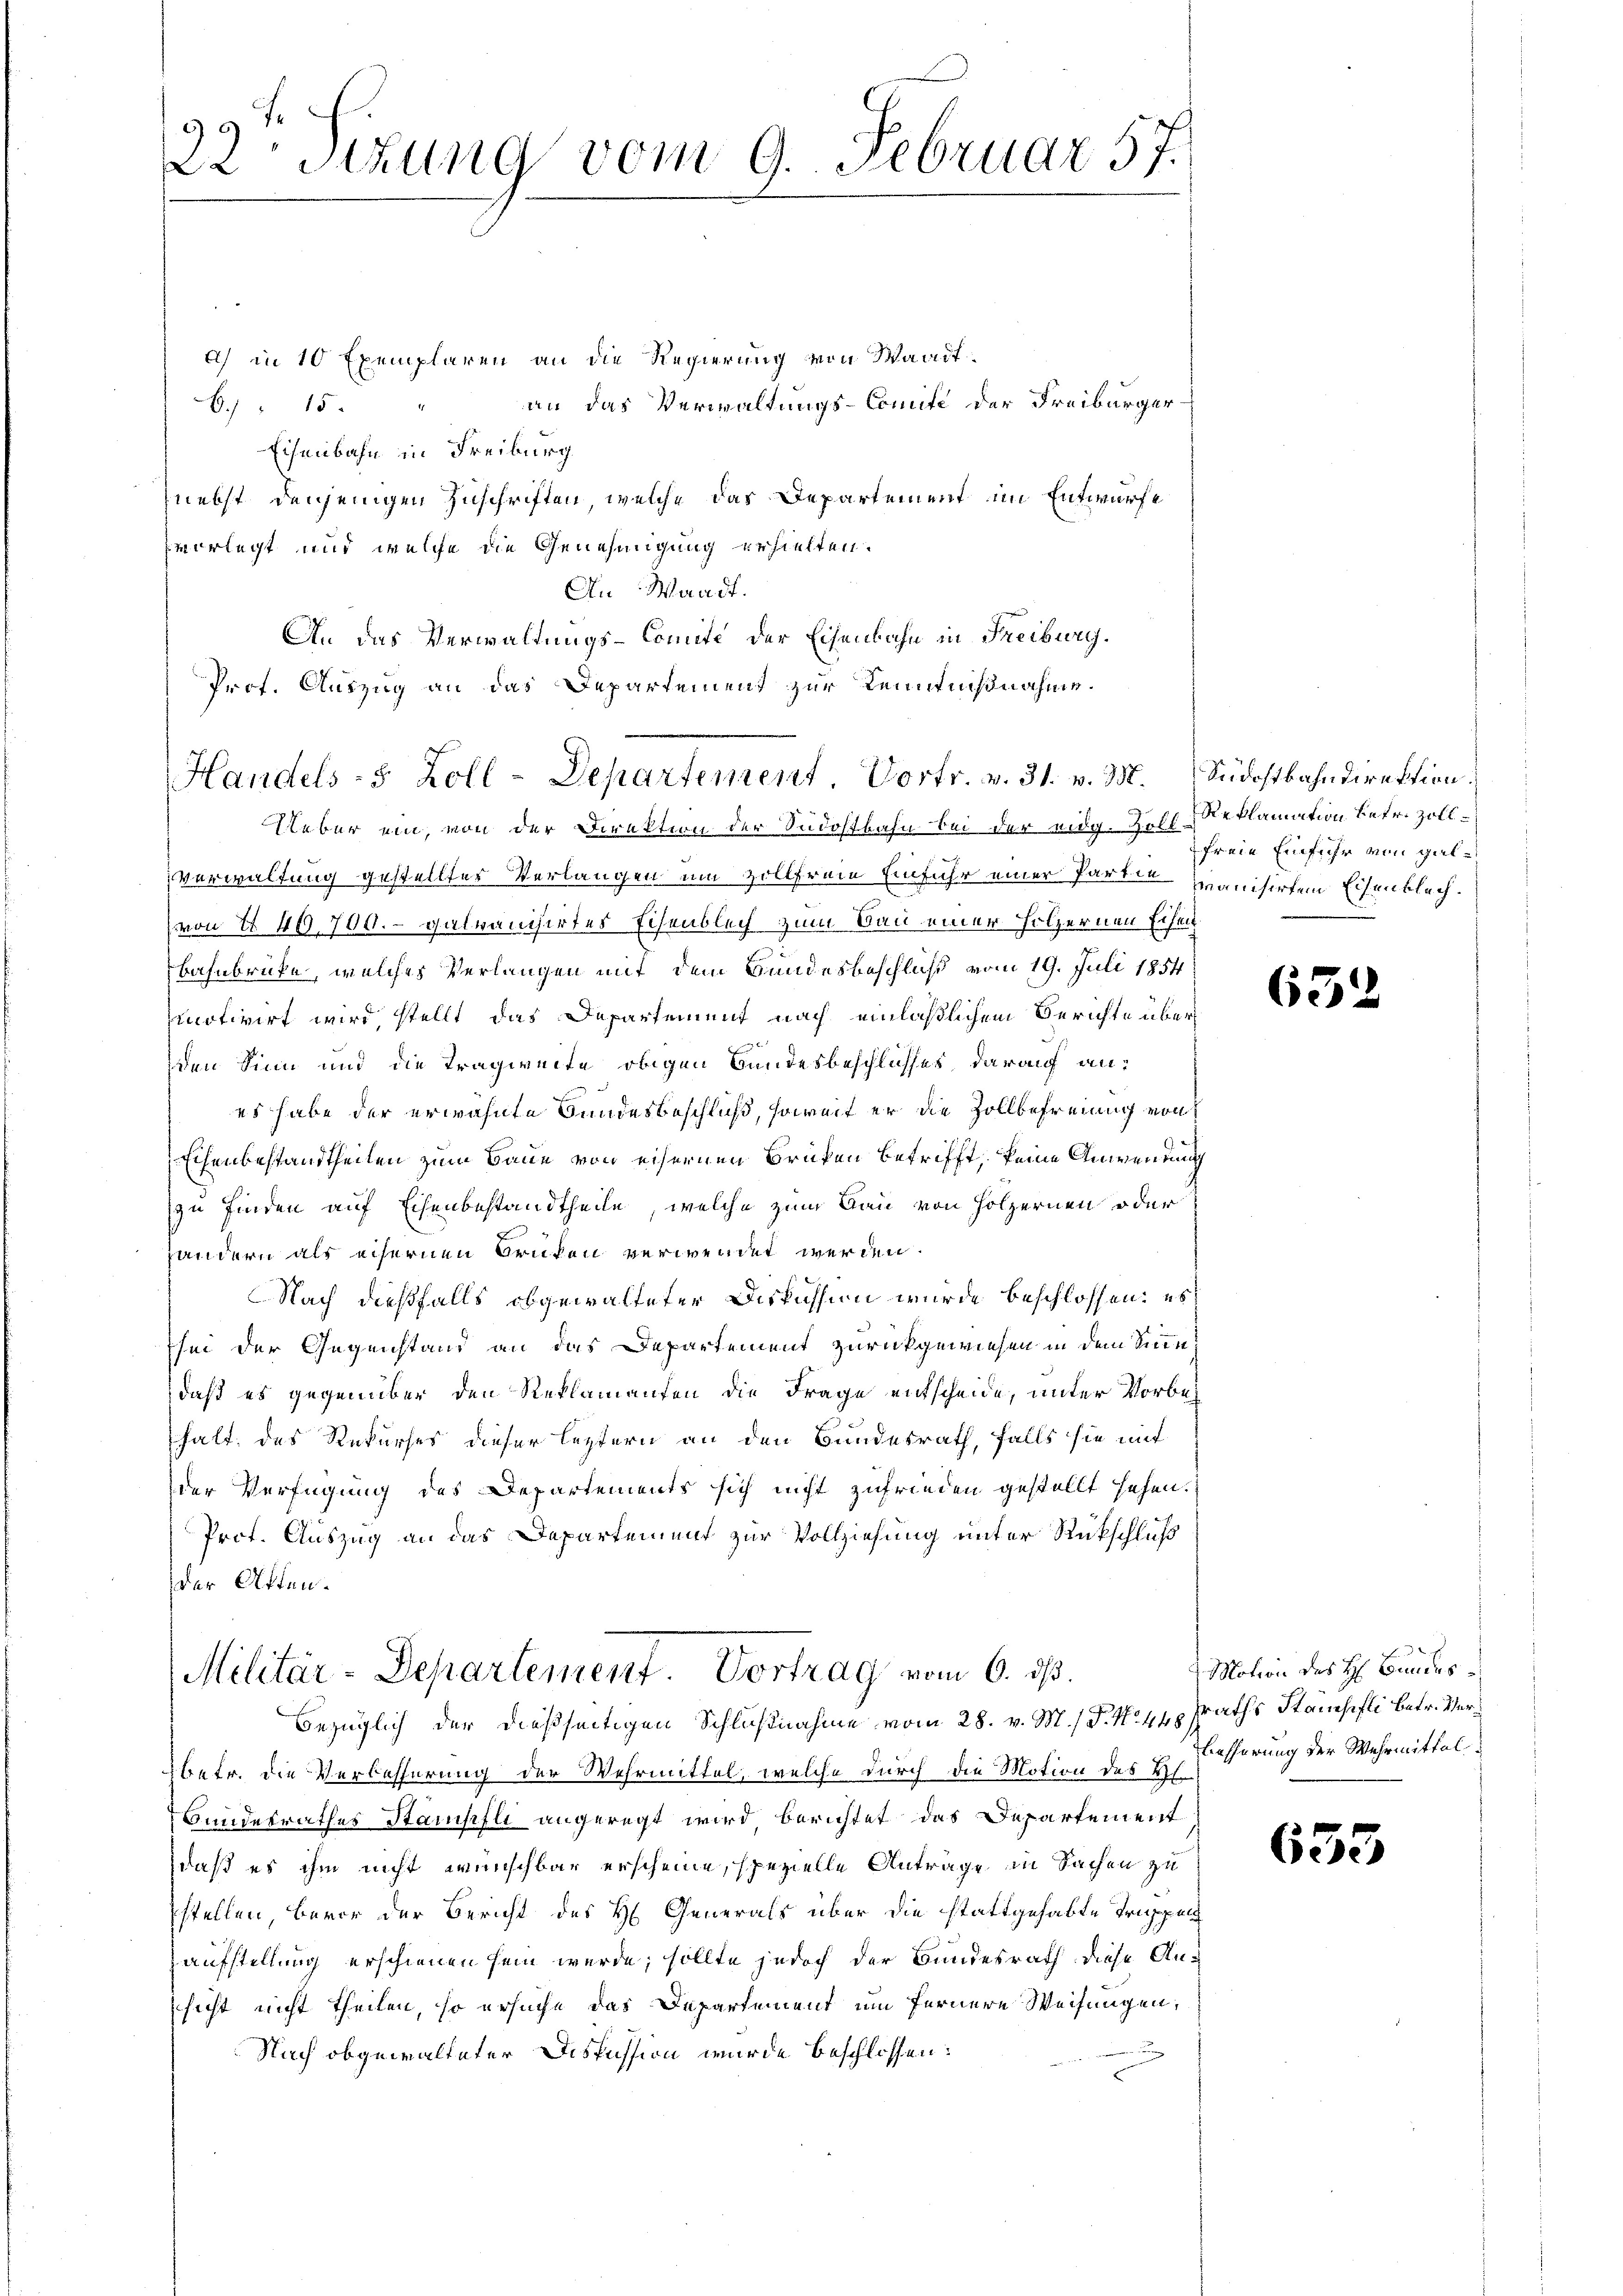
a) in 10 Exemplaren an die Regierung von Waadt
6. 15. " an das Verwaltungs-Comite der Freiburger-
Eisenbahn in Freiburg
nebst denjenigen Zuschriften, welche das Departement im Entwurfe
vorlegt und welche die Genehmigung erhielten.
An Waadt.
An das Verwaltungs-Comite der Eisenbahn in Freiburg.
Prot. Auszug an das Departement zur Kenntnißnahme.

39 f
22 Stzung vom 9. Februar 57.

Handels- 5 Zoll-Departement. Vortr. v. 31. v. 338.

Ueber ein, von der Direktion der Südostbahn bei der eidg. Zoll-Reklamation betr. Zollverwaltung gestelltes Verlangen um zollfreie Einfuhr einer Parten manisirten Eisenblech.
von § 40700.- galvanisirtes Eisenblech zum Bau einer Hölzernen Erheit
bahnbrücke, welches Verlangen mit dem Bundesbeschluß vom 19. Juli 1854
motivirt wird, stellt das Departement nach einläßlichem Berichte über
den Sinn und die Tragweite obigen Bundesbeschlusses, darauf anes habe der erwähnte Bundesbeschluß, soweit er die Zollbefreiung von
Eisenbestandtheiten zum Baue von eisernen Brüken betrifft, keine Anwendung
zu finden auf Eisenbestandtheile, welche zum Bau von Hölzernen oder
handern als eisernen Brüken verwendet werden.
Nach dießfalls obgewalteter Diskussion wurde beschlossen: es
sei der Gegenstand an das Departement zurückgewiesen in dem Sinn
daß es gegenüber den Reklamanten die Frage entscheide, unter Vorbehalt des Rekurses dieser leztern an den Bundesrath, falls sie mit
der Verfügung des Departements sich nicht zufrieden gestellt sehen.
Prof. Auszug an das Departemend zur Vollziehung unter Rückschluß
der Akten.
Militär-Departement Vortrag vom 6. ds.
bezüglich der dießseitigen Schlußnahme vom 28. v. M. d. M. u. sraths Stampfli betr. Verübetr. die Verbesserung der Wehrmittel, welche durch die Motion des Hs.
Bundesrathes Stampfli angeregt wird, berichtet das Departement
daß es ihm nicht wünschbar erscheine, spezielle Anträge in Sachen zu
stellen, bevor der Bericht des H. Generals über die stattgehabte Truppen
aufstellung erschienen sein werde; sollte jedoch der Bundesrath diese Aus
sicht nicht theilen, so ersuche das Departement um fernere Weisungen,

Nach obgewalteter Diskussion wurde beschlossen:

Südostbahndirektion.
freie Einfuhr von Gal¬

654

Motion des H. Bundes
Besserung der Wehrmittal.

63